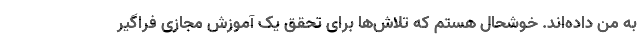
به من داده‌اند. خوشحال هستم که تلاش‌ها برای تحقق یک آموزش مجازی فراگیر